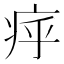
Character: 𤵡